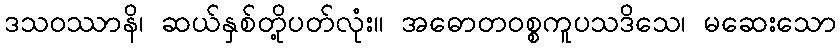
ဒသဝဿာနိ၊ ဆယ်နှစ်တို့ပတ်လုံး။ အဓောတဝစ္စကူပသဒိသေ၊ မဆေးသော